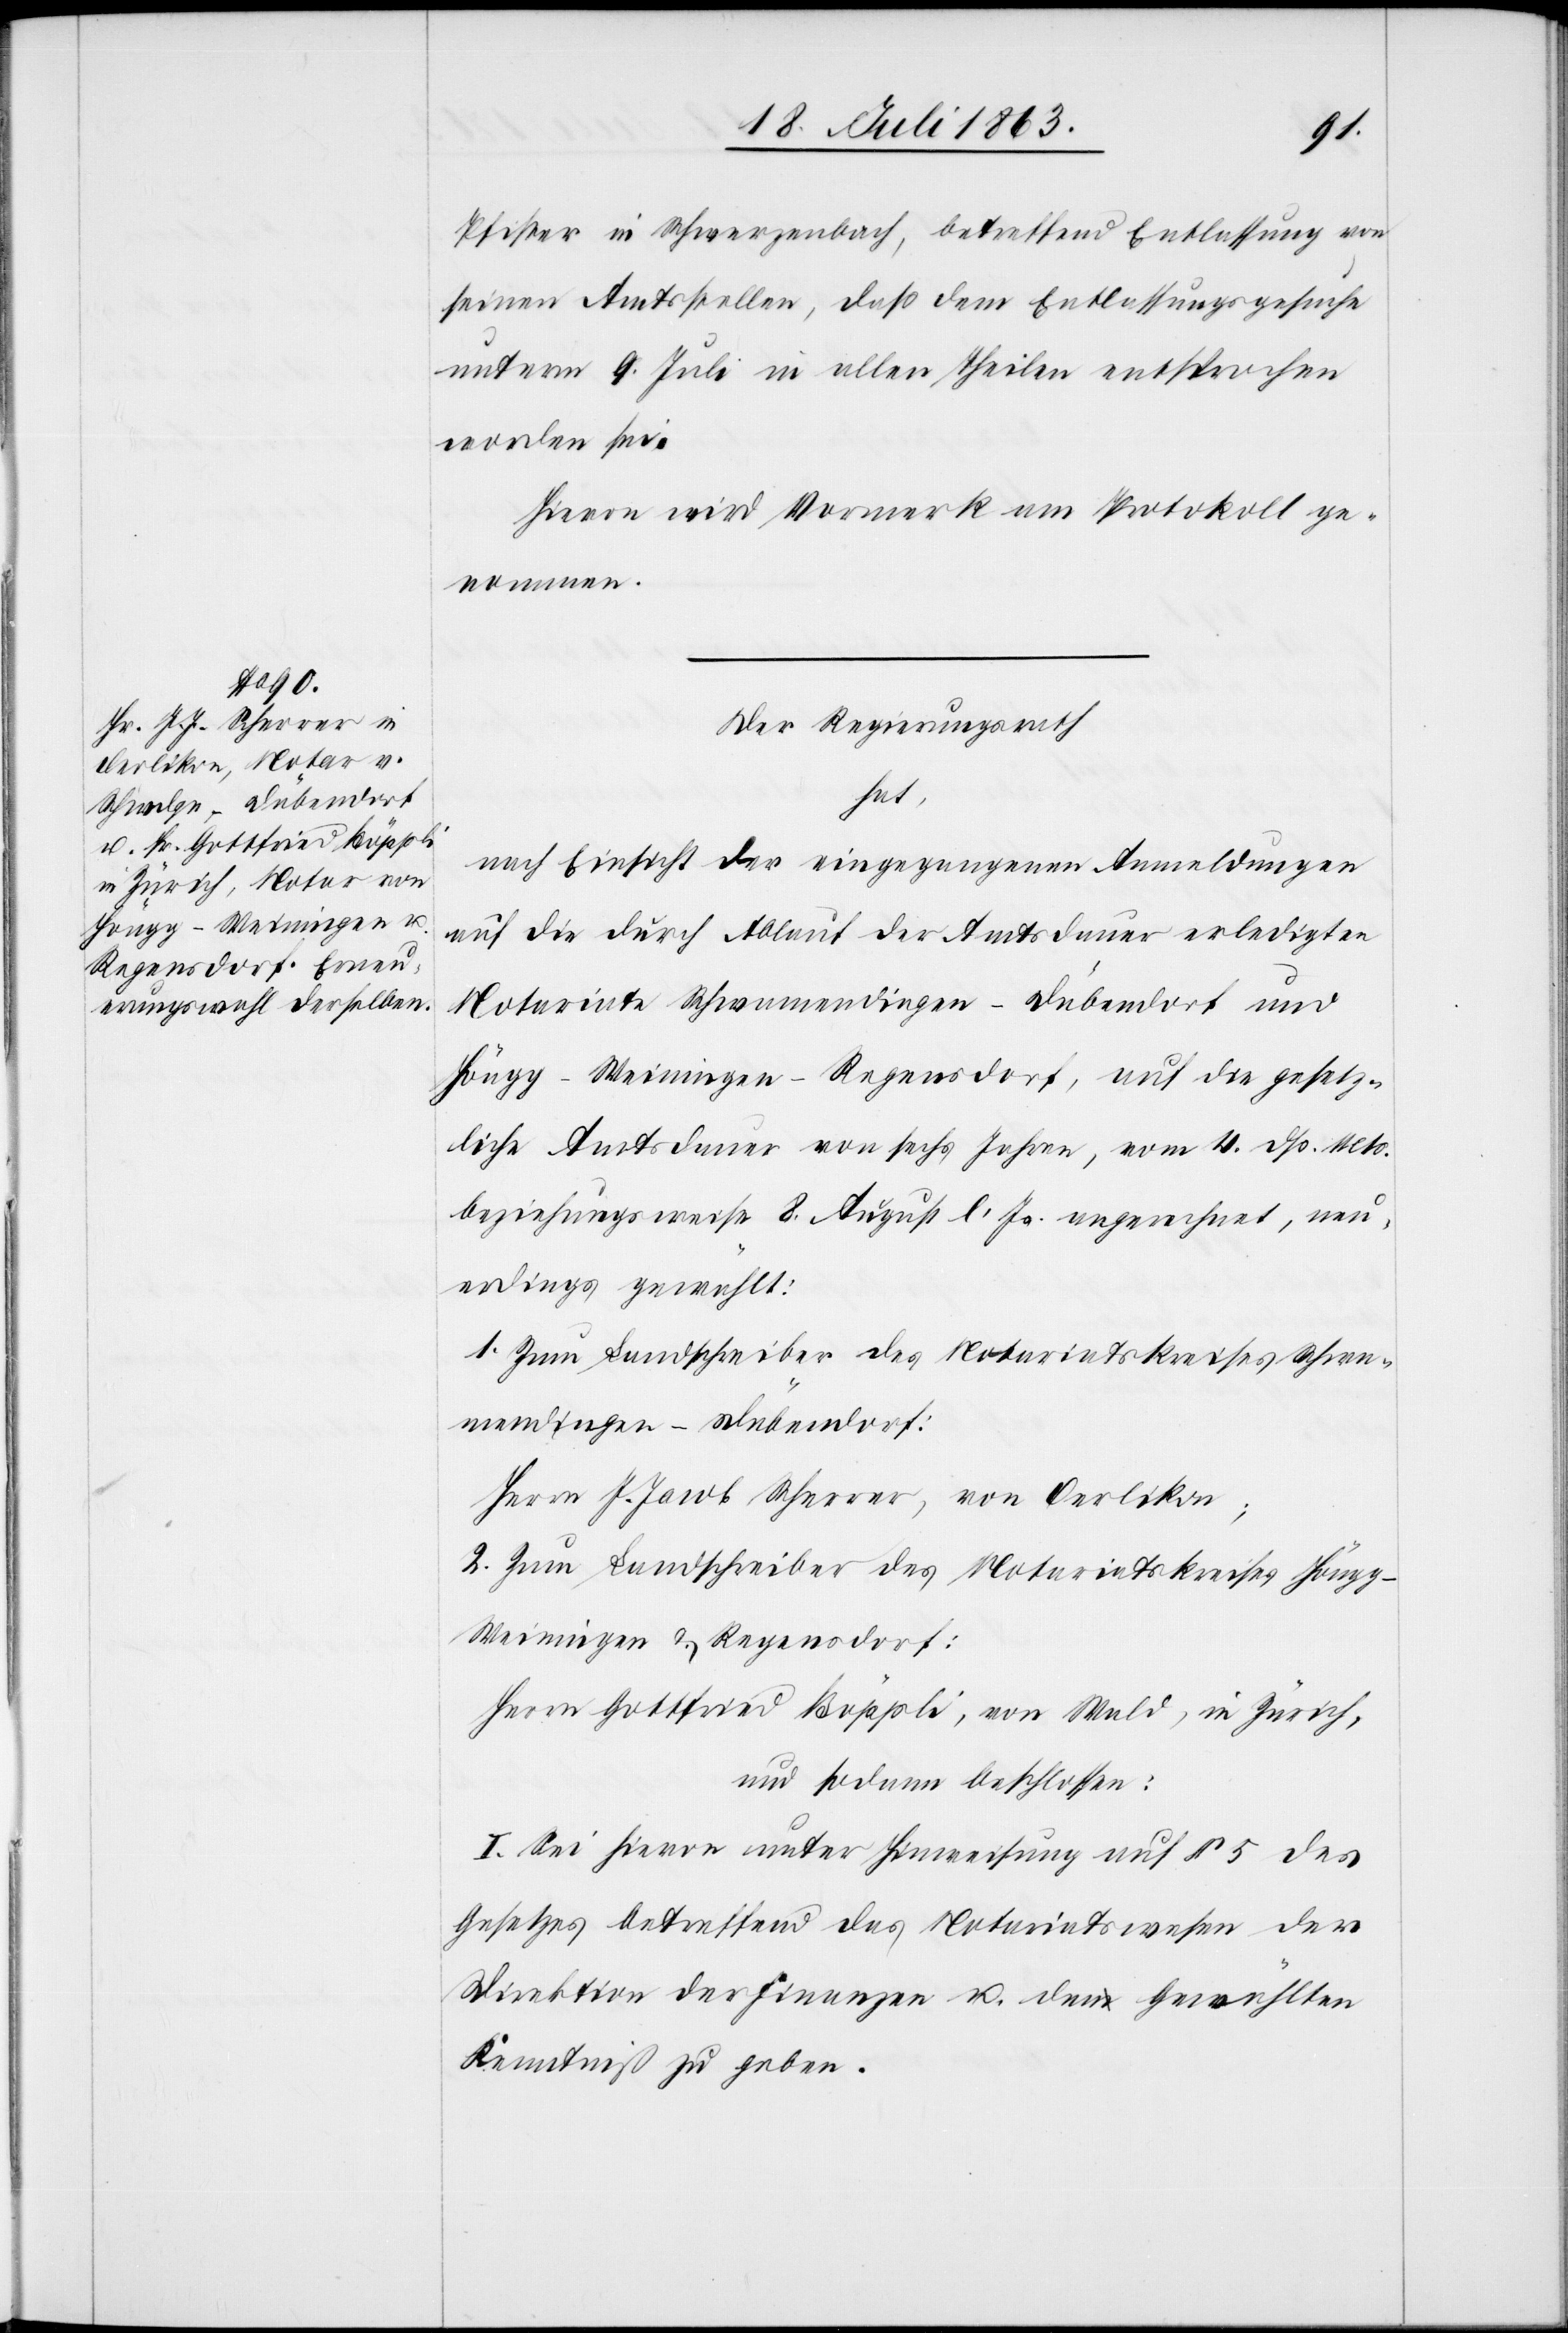
Pfister in Schwerzenbach, betreffend Entlassung von
seinen Amtsstellen, daß dem Entlassungsgesuche
unterm 9. Juli in allen Theilen entsprochen
worden sei.
Hievon wird Vormerk am Protokoll ge¬
nommen.
Der Regierungsrath
hat,
nach Einsicht der eingegangenen Anmeldungen
auf die durch Ablauf der Amtsdauer erledigten
Notariate Schwamendingen-Dübendorf und
Höngg-Weiningen-Regensdorf, auf die gesetz¬
liche Amtsdauer von sechs Jahren, vom 4. dß. Mts.
beziehungsweise 8. August l. Js. angerechnet, neu¬
erdings gewählt:
1. Zum Landschreiber des Notariatskreises Schwa¬
mendingen-Dübendorf:
Herrn J. Jakob Scherrer, von Oerlikon;
2. Zum Landschreiber des Notariatskreises Höng¬
g-Weiningen & Regensdorf:
Herrn Gottfried Böppli, von Wald, in Zürich,
und sodann beschlossen:
I. Sei hievon unter Hinweisung auf § 5 des
Gesetzes betreffend das Notariatswesen der
Direktion der Finanzen u. den Gewählten
Kenntniß zu geben.